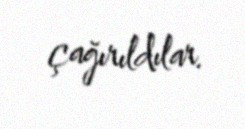
çağırıldılar.